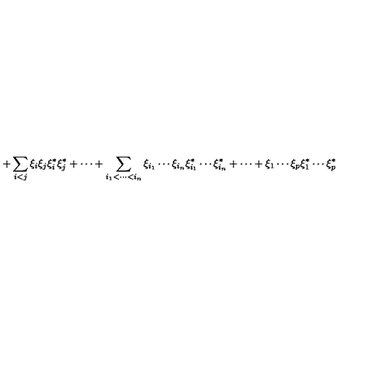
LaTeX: + \sum _ { i < j } \xi _ { i } \xi _ { j } \xi _ { i } ^ { * } \xi _ { j } ^ { * } + \cdots + \sum _ { i _ { 1 } < \cdots < i _ { n } } \xi _ { i _ { 1 } } \cdots \xi _ { i _ { n } } \xi _ { i _ { 1 } } ^ { * } \cdots \xi _ { i _ { n } } ^ { * } + \cdots + \xi _ { 1 } \cdots \xi _ { p } \xi _ { 1 } ^ { * } \cdots \xi _ { p } ^ { * }